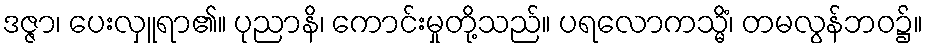
ဒဇ္ဇာ၊ ပေးလှူရာ၏။ ပုညာနိ၊ ကောင်းမှုတို့သည်။ ပရလောကသ္မိံ၊ တမလွန်ဘဝ၌။